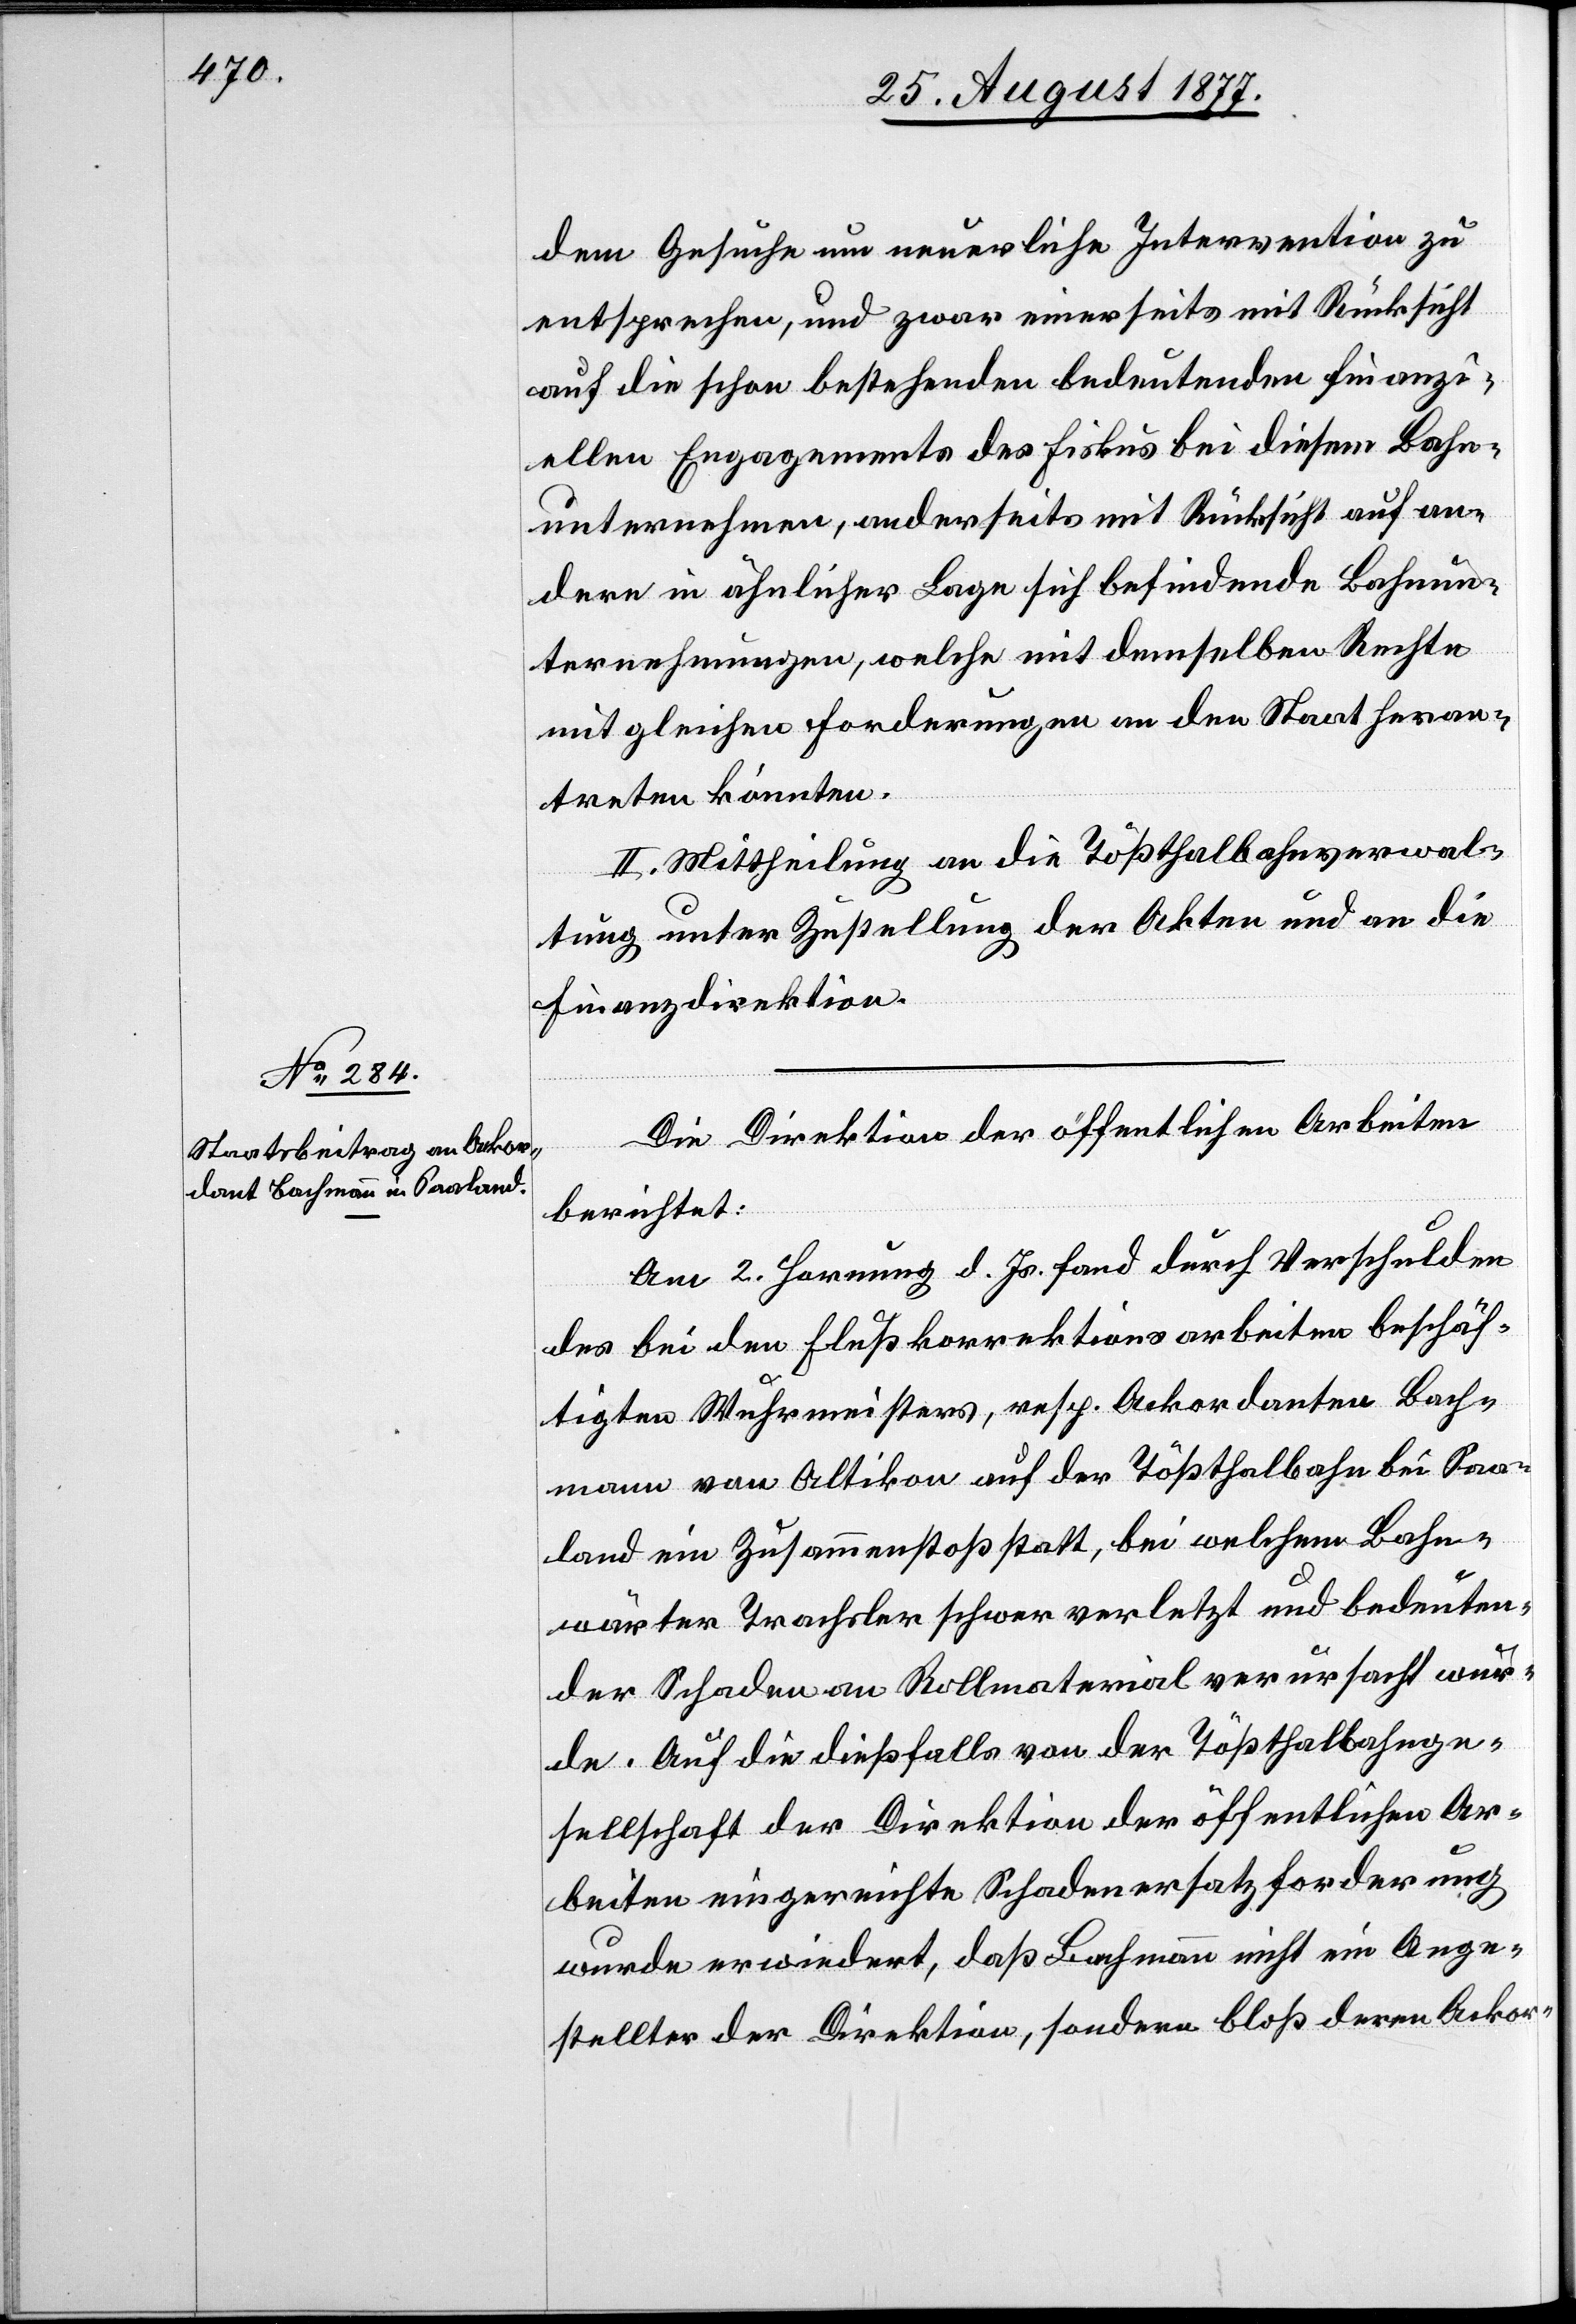
dem Gesuche um neuerliche Intervention zu
entsprechen, und zwar einerseits mit Rücksicht
auf die schon bestehenden bedeutenden finanzi¬
ellen Engagements des Fiskus bei diesem Bahn¬
unternehmen, anderseits mit Rücksicht auf an¬
dere in ähnlicher Lage sich befindende Bahnun¬
ternehmungen, welche mit demselben Rechte
mit gleichen Forderungen an den Staat heran¬
treten könnten.
II. Mittheilung an die Tößthalbahnverwal¬
tung unter Zustellung der Akten und an die
Finanzdirektion.
Die Direktion der öffentlichen Arbeiten
berichtet:
Am 2. Hornung d. Js. fand durch Verschulden
des bei den Flußkorrektionsarbeiten beschäf¬
tigten Wuhrmeisters, resp. Ackordanten Bach¬
mann von Altikon auf der Tößthalbahn bei Saa¬
land ein Zusammenstoß statt, bei welchem Bahn¬
wärter Trachsler schwer verletzt und bedeuten¬
der Schaden an Rollmaterial verursacht wur¬
de. Auf die dießfalls von der Tößthalbahnge¬
sellschaft der Direktion der öffentlichen Ar¬
beiten eingereichte Schadenersatzforderung
wurde erwiedert, daß Bachmann nicht ein Ange¬
stellter der Direktion, sondern bloß deren Ackor-